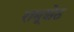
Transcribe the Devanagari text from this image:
रामूशेठ